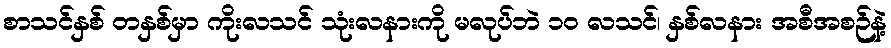
စာသင်နှစ် တနှစ်မှာ ကိုးလသင် သုံးလနားကို မလုပ်ဘဲ ၁၀ လသင်၊ နှစ်လနား အစီအစဉ်နဲ့